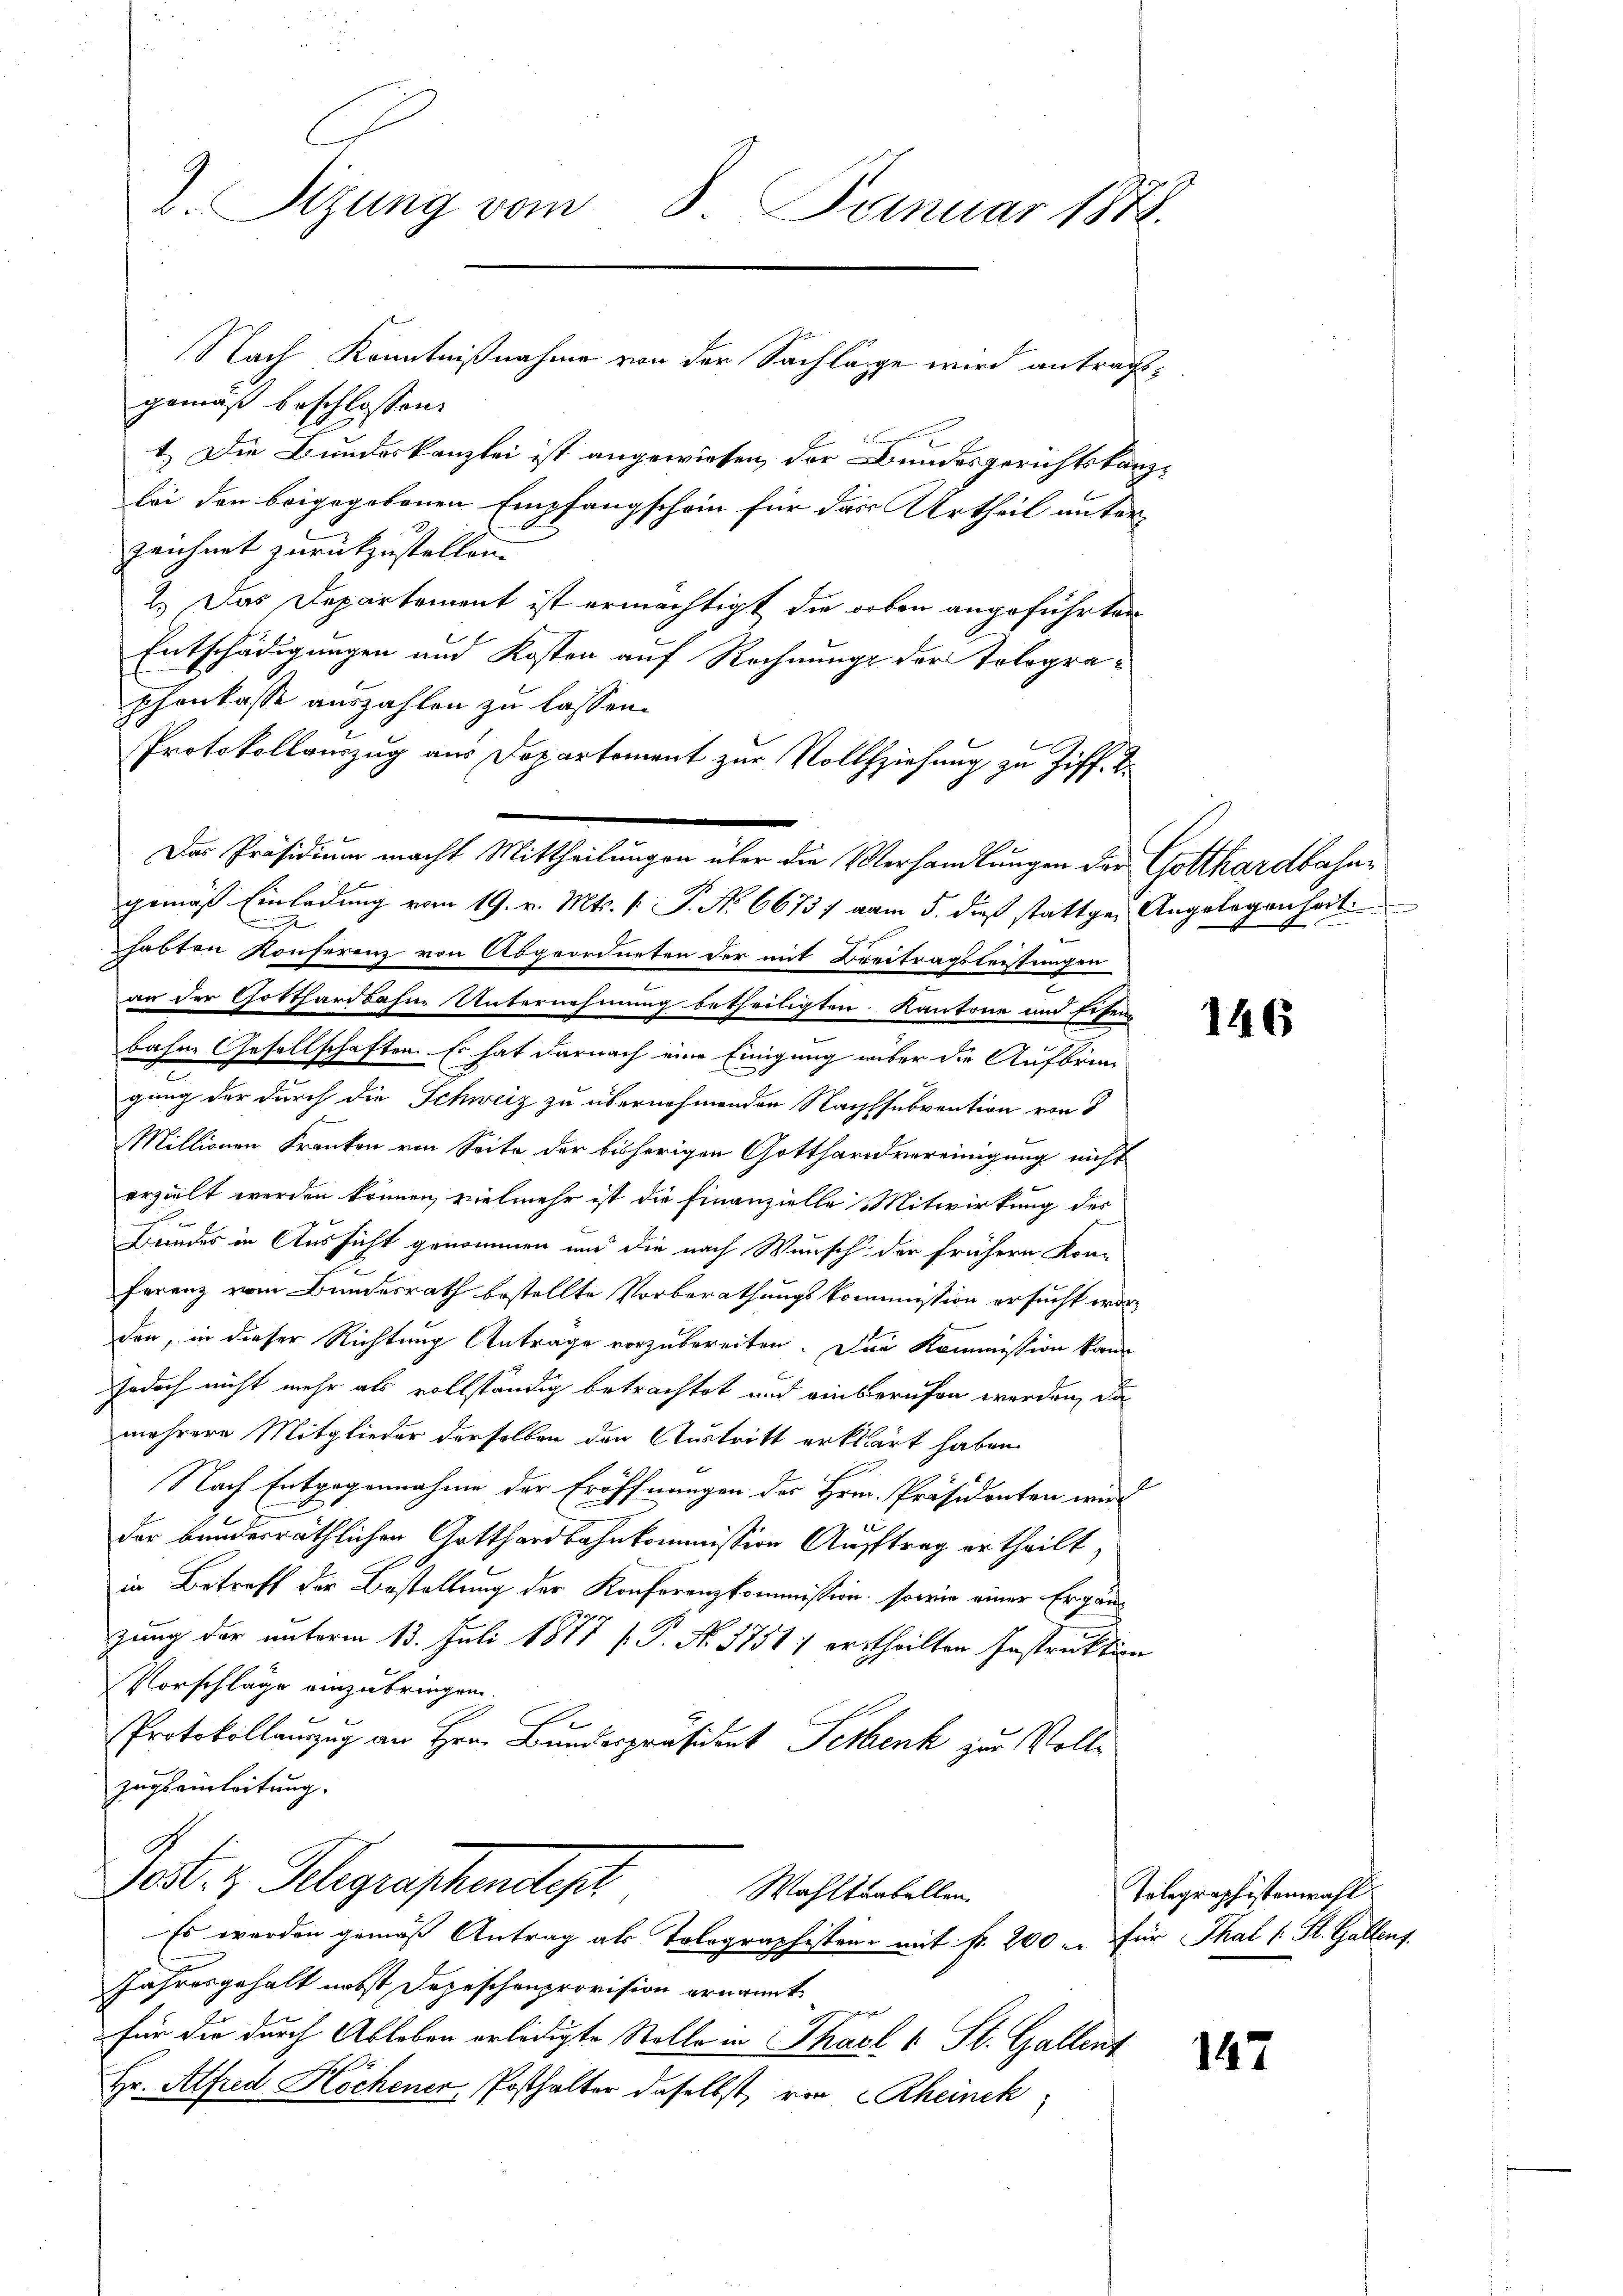
2. Sizung vom 8. Januar 1878.

gemäß beschlossen:
1.) Die Bundeskanzlei ist angewiesen, der Bundesgerichtskanzbei den beigegebenen Empfangschein für das Urtheil unter
zeichnet zurückzustellen.
2.) Das Departement ist ermächtigt die orben angeführter
Entschädigungen und Kosten auf Rechnung der Tolographonkasse auszahlen zu lassen.
x
habten Konferenz von Abgeordneten der mit Breitragsleistungen
2
an der Gotthardbahne Unternehmung betheiligten Kantone und Eisen
bahne Gesellschaften. Es hat darnach eine Einigung aber die Aufbringung der durch die Schweiz zu übernehmenden Nachssubvention von 8
t
Millionen Franken von Seite der bisherigen Gotthardvereinigung nicht
erzielt werden können, vielmehr ist die Finanzielle Mitwirkung des
i
Bundes in Aussicht genommen und die nach Wunsch der frühern Kon-
.
ferenz vom Bundesrath bestellte Vorberathungskommission ersucht worden, in dieser Richtung Antrage vorzubereiten. Die Kommission kann
jedoch nicht mehr als vollständig betrachtet und einberufen werden, da
mehrere Mitglieder derselben den Austritt erklärt haben
Nach Entgegennahme der Eröffnungen der Hrn. Präsidenten wird
2
der bundesräthlichen Gotthardbahnkommission Auftrag ertheilt,
in Betreff der Bestallung der Konferenzkommission, sowie einer Ergänzung der unterm 13. Juli 1877 f. P. Nr. 1751) ertheilten Instruktion
Vorschläge einzubringen.
Protokollauszug an Hrn. Bundespräsident Peten zur Vollzugs einleitung.
No. 2. Klagrapheneigel
Wahltenballen,
Es werden gemäß Antrag als Tolographister mit fr. 200 u. für Thal (: St. Gallens
Jahresgehalt nebst Depeschenprovision ernannt.
für die durch Ableben erledigte Stolle in Thael u. St. Gallent
Hr. Alfred Höchener, Posthalter daselbst, von Rheinek

Nach Kenntnißnahme von der Sachläge wird antrags¬

Protokollauszug aus Departement zur Vollziehung zu Ziff. 2.
Das Präsidium macht Mittheilungen über die Verhandlungen der Gotthardbahngemäß Einladung vom 19. v. Mts. 1. P. No. 66737 vom 5. dieß stattgen Angelegenheit

146

Telegraphistenwahl

147